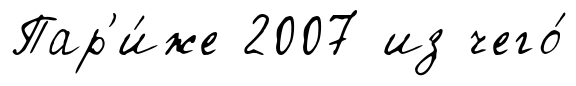
Пар'и́же 2007 из чего́